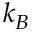
k _ { B }